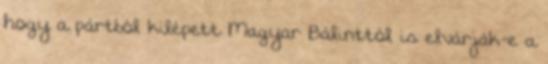
hogy a pártból kilépett Magyar Bálinttól is elvárják-e a